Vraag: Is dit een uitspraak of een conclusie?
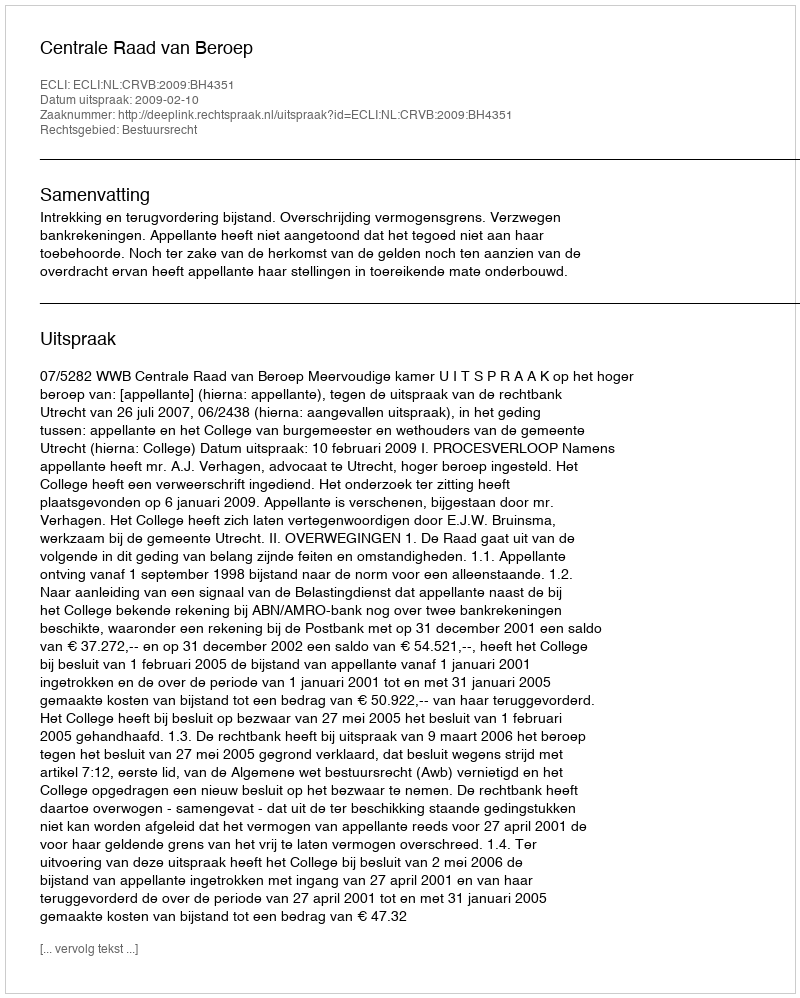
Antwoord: Uitspraak